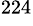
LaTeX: ^{224}